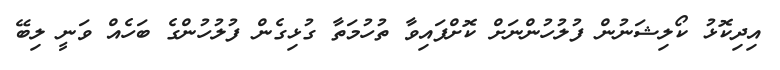
އިދިކޮޅު ކޯލިޝަނުން ފުލުހުންނަށް ކޮށްފައިވާ ތުހުމަތާ ގުޅިގެން ފުލުހުންގެ ބަހެއް ވަނީ ލިބޭ